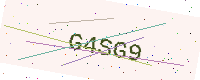
Text: G4SG9